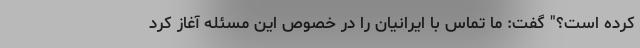
کرده است؟" گفت: ما تماس با ایرانیان را در خصوص این مسئله آغاز کرد